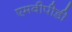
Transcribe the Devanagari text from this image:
एमवीपीडी